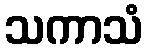
သကာသံ